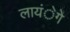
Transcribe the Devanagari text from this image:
लायंेगे